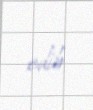
edib.